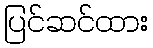
ပြင်ဆင်ထား